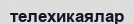
телехикаялар